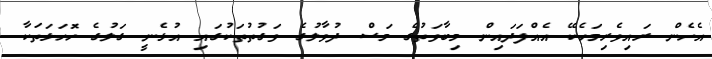
އެހެން ރައިވެރިމަހެކޭ އެއްފަދައިން މިބާވަތުގެ މަސް ދުވާލުގެ ވަގުތުތަކުގައި އުޅެނީ ގަލުގެ ހޮަހަޅަތަކާ